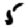
Digit: 5